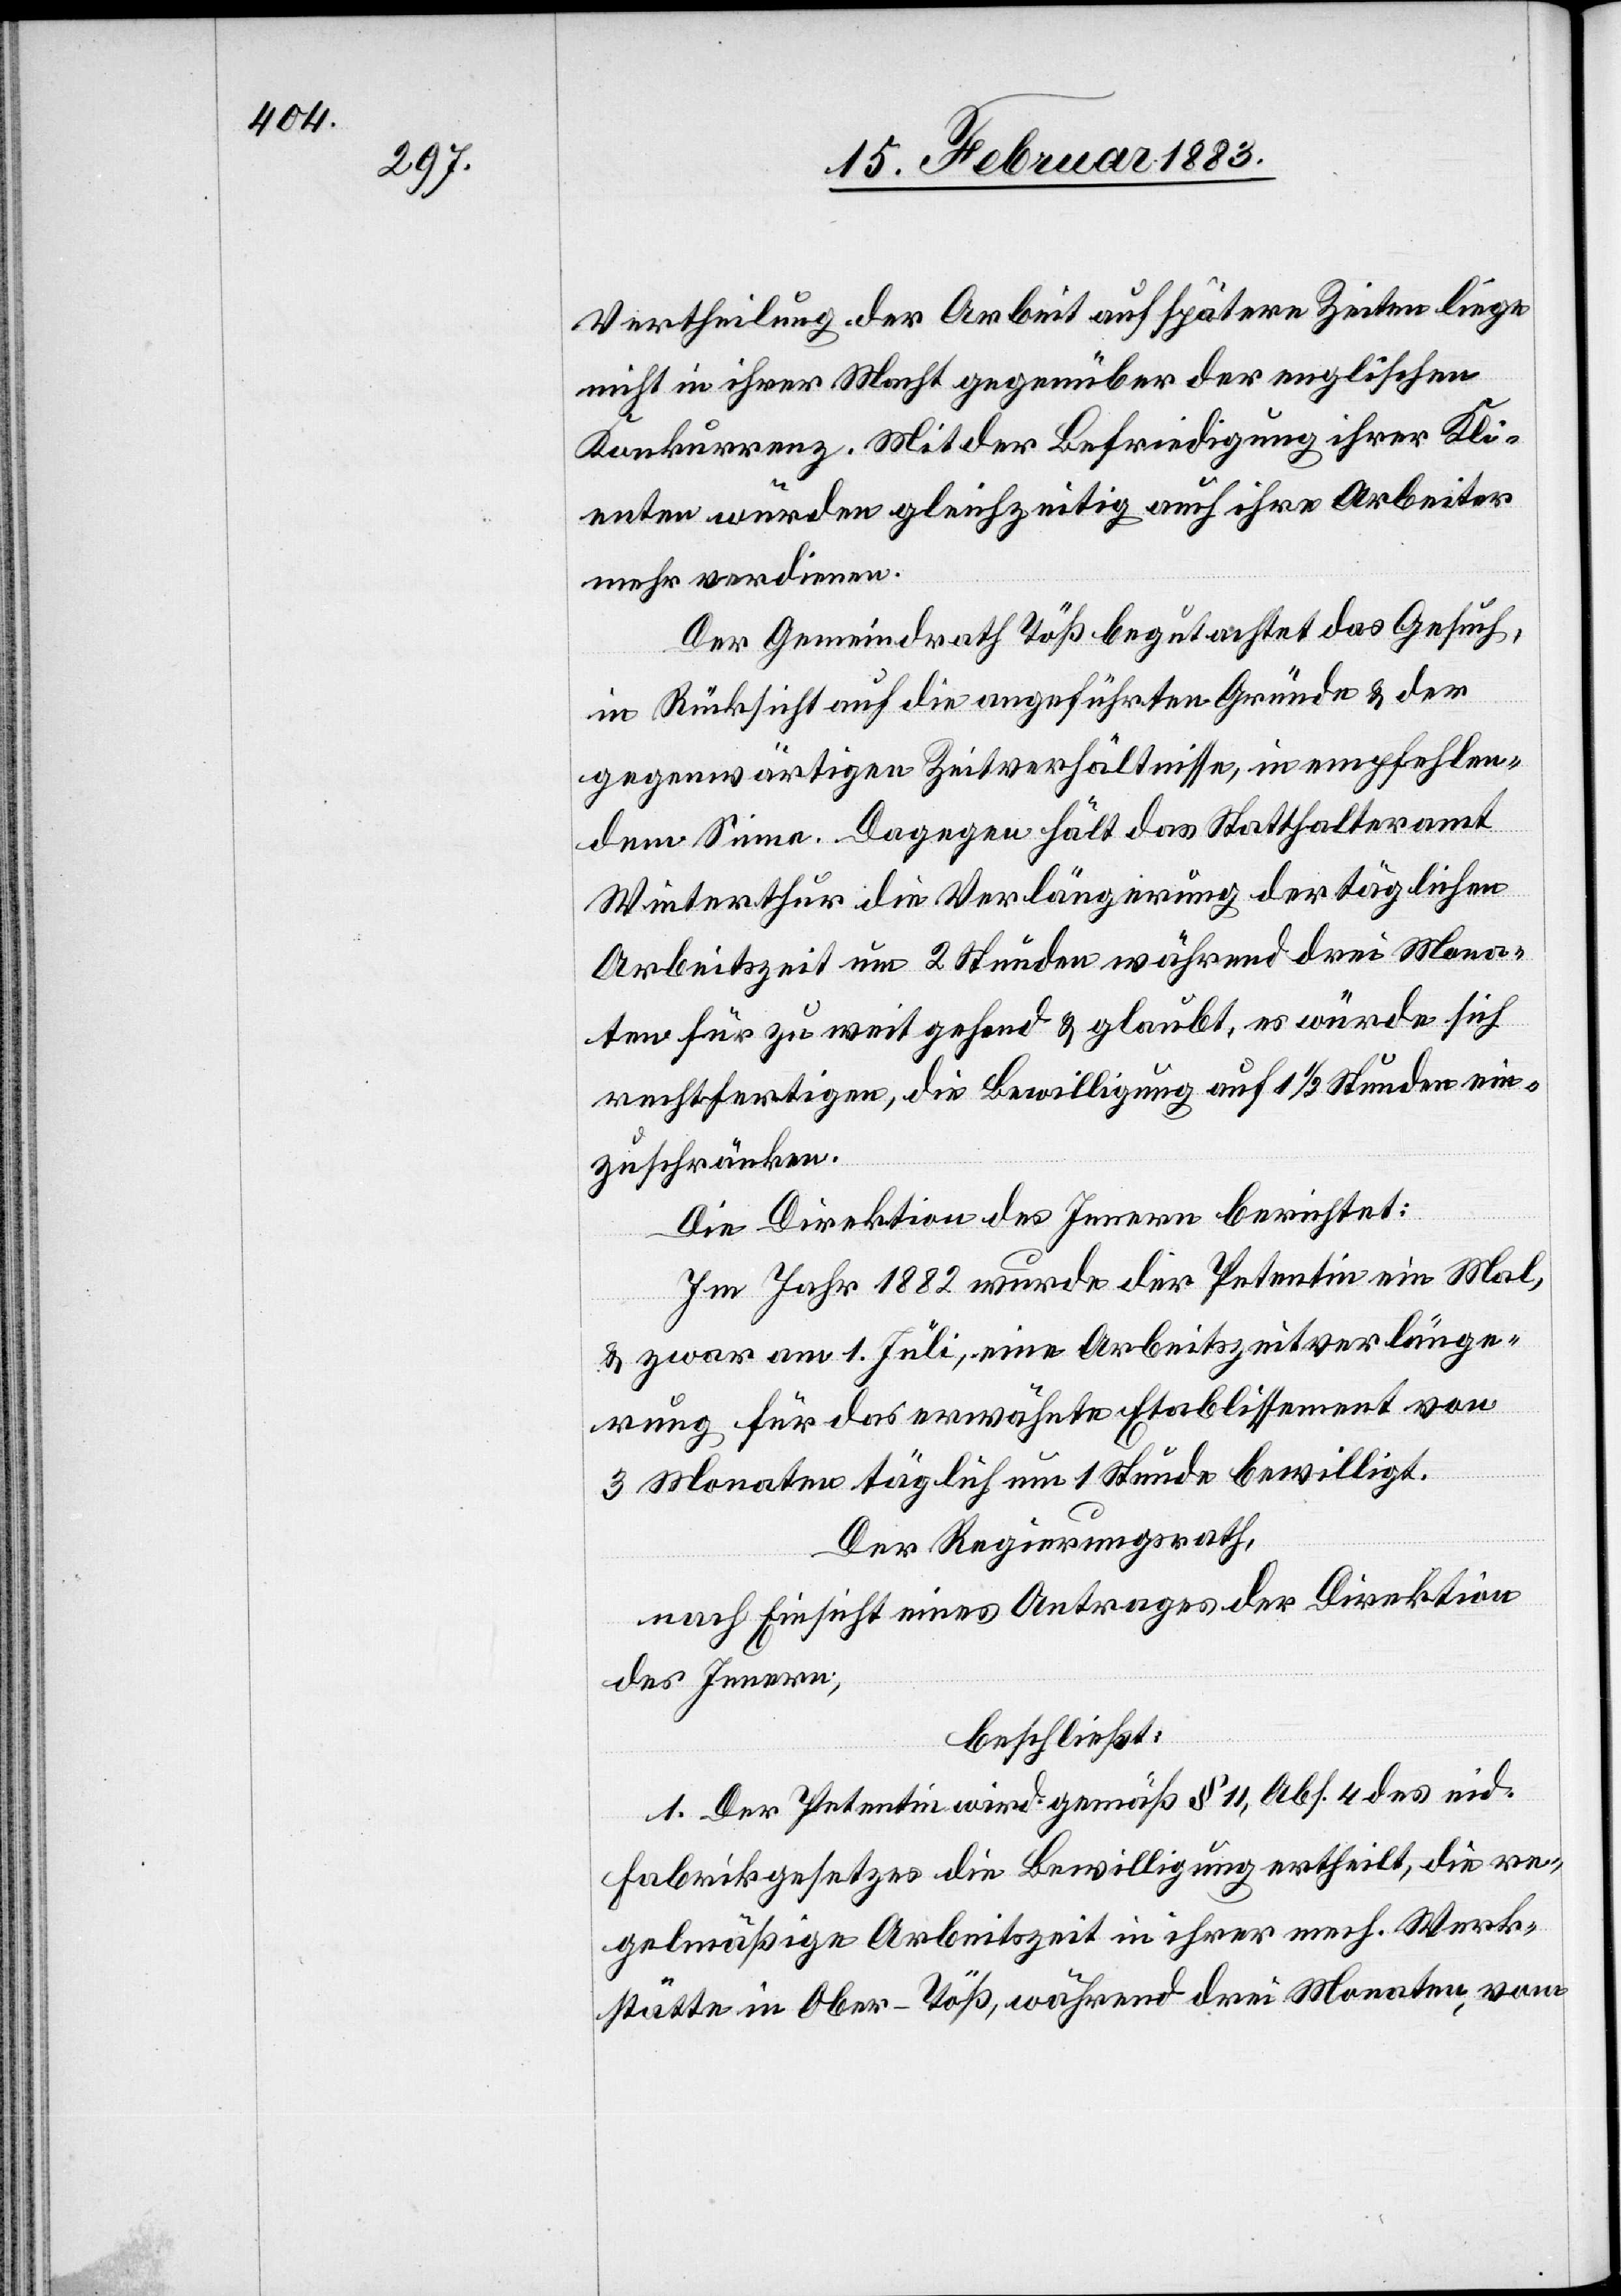
Vertheilung der Arbeit auf spätere Zeiten liege
nicht in ihrer Macht gegenüber der englischen
Konkurrenz. Mit der Befriedigung ihrer Kli¬
enten würden gleichzeitig auch ihre Arbeiter
mehr verdienen.
Der Gemeindrath Töß begutachtet das Gesuch,
in Rücksicht auf die angeführten Gründe & der
gegenwärtigen Zeitverhältnisse, in empfehlen¬
dem Sinne. Dagegen hält das Statthalteramt
Winterthur die Verlängerung der täglichen
Arbeitszeit um 2 Stunden während drei Mona¬
ten für zu weit gehend & glaubt, es würde sich
rechtfertigen, die Bewilligung auf 1 1/2 Stunden ein¬
zuschränken.
Die Direktion des Innern berichtet:
Im Jahr 1882 wurde der Petentin ein Mal,
& zwar am 1. Juli, eine Arbeitszeitverlänge¬
rung für das erwähnte Etablissement von
3 Monaten täglich um 1 Stunde bewilligt.
Der Regierungsrath,
nach Einsicht eines Antrages der Direktion
des Innern,
beschließt:
1. Der Petentin wird gemäß § 11, Abs. 4 des eid.
Fabrikgesetzes die Bewilligung ertheilt, die re¬
gelmäßige Arbeitszeit in ihrer mech. Werk¬
stätte in Ober-Töß, während drei Monaten, vom